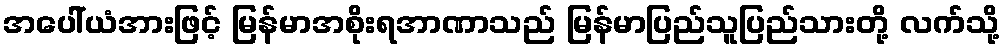
အပေါ်ယံအားဖြင့် မြန်မာအစိုးရအာဏာသည် မြန်မာပြည်သူပြည်သားတို့ လက်သို့